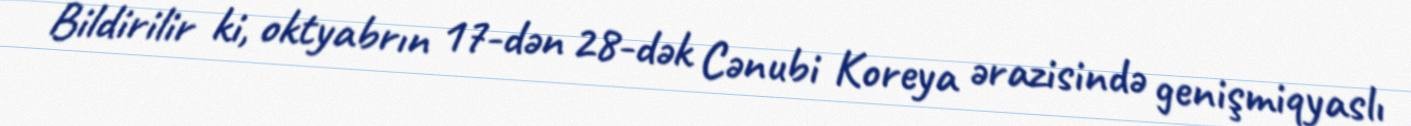
Bildirilir ki, oktyabrın 17-dən 28-dək Cənubi Koreya ərazisində genişmiqyaslı